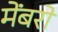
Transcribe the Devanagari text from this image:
मेंबरों